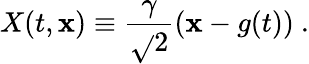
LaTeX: X(t,\mathbf{x})\equiv{\frac{{\gamma}}{{\sqrt{}{{2}}}}}(\mathbf{x}-g(t))\ .